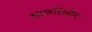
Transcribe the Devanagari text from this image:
शाळादेखील